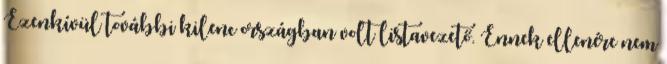
Ezenkívül további kilenc országban volt listavezető. Ennek ellenére nem